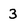
Character: 3